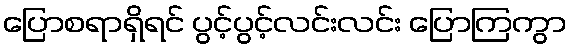
ပြောစရာရှိရင် ပွင့်ပွင့်လင်းလင်း ပြောကြကွာ